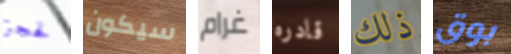
لحجز سيكون غرام قادره ذلك بوق